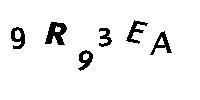
9R93EA